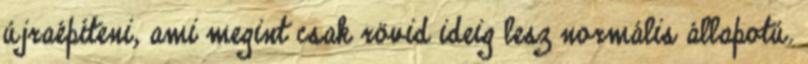
újraépíteni, ami megint csak rövid ideig lesz normális állapotú.